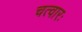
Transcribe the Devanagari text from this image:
चत्वारः